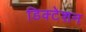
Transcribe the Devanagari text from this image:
डिक्‍टेशन